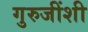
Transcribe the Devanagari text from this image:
गुरुजींशी